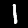
Digit: 1